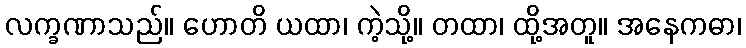
လက္ခဏာသည်။ ဟောတိ ယထာ၊ ကဲ့သို့။ တထာ၊ ထို့အတူ။ အနေကဓာ၊